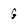
Character: G